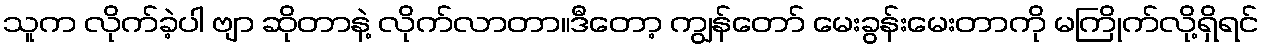
သူက လိုက်ခဲ့ပါ ဗျာ ဆိုတာနဲ့ လိုက်လာတာ။ဒီတော့ ကျွန်တော် မေးခွန်းမေးတာကို မကြိုက်လို့ရှိရင်